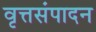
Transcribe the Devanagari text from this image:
वृत्तसंपादन